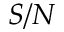
S / N